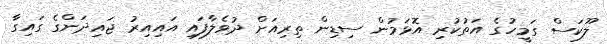
ލޫކަސް ގަމީހުގެ އަތުކުރި އޮޅަމުން ސިޑިން ތިރިއަށް ދުވެލާފައި އައިއިރު ޖައިދަންގެ ގައިގާ